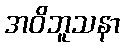
အဝိဘူသနာ